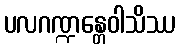
ပလဂဏ္ဍန္တေဝါသိဿ